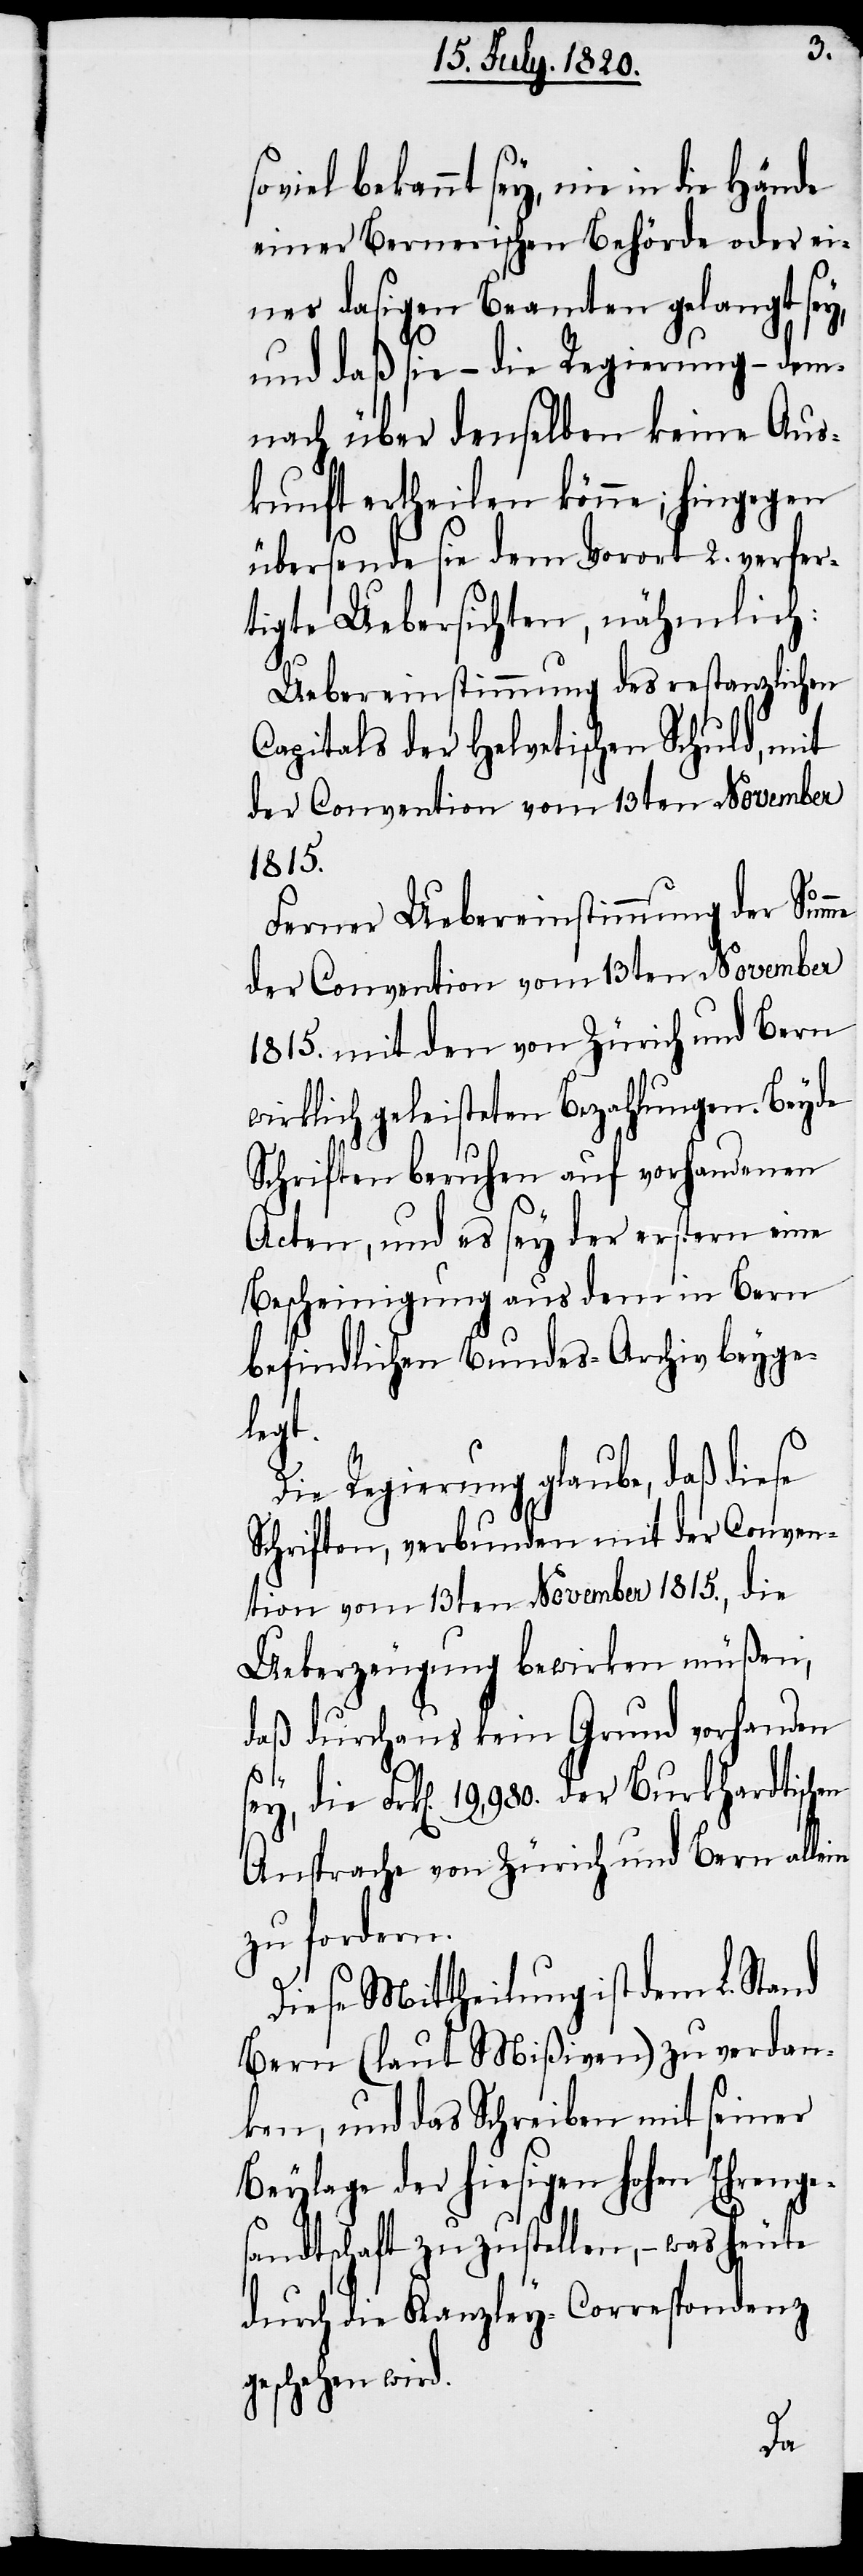
viel bekannt sey, nie in die
einer Bernerischen Behörde oder ei¬
nes dasigen Beamten gelangt sey,
und daß sie – die Regierung – dem¬
nach über denselben keine Aus¬
kunft ertheilen könne; hingegen
übersende sie dem Vorort 2. verfer¬
tigte Uebersichten, nämlich:
Uebereinstimmung des restanzlichen
Capitals der Helvetischen Schuld, mit
der Convention vom 13ten November
1815.
Ferner Uebereinstimmung der Summe
der Convention vom 13ten November
1815. mit den von Zürich und Bern
wirklich geleisteten Bezahlungen. Beyde
Schriften beruhen auf vorhandenen
Acten, und es sey der erstern eine
Bescheinigung aus dem in Bern
befindlichen Bundes-Archiv beyge¬
in
Die Regierung glaube, daß diese
Schriften, verbunden mit der Conven¬
tion vom 13. November 1815., die
Ueberzeugung bewirken müßen,
daß durchaus kein Grund vorhanden
sey, die Frk[en]. 19,980. der Burkhardtischen
Ansprache von Zürich und Bern alle¬
zu fordern.
Diese Mittheilung ist dem L. Stand
Bern (laut Mißiven) zu verdan¬
ken, und das Schreiben mit seiner
Beylage der hiesigen hohen Ehrengs¬
andtschaft zu zustellen, – was heute
durch die Kanzley-Correspondenz
geschehen wird.